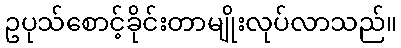
ဥပုသ်စောင့်ခိုင်းတာမျိုးလုပ်လာသည်။